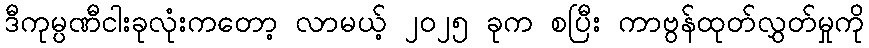
ဒီကုမ္ပဏီငါးခုလုံးကတော့ လာမယ့် ၂၀၂၅ ခုက စပြီး ကာဗွန်ထုတ်လွှတ်မှုကို